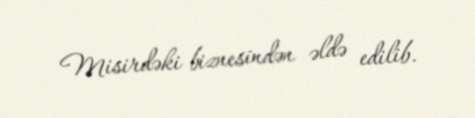
Misirdəki biznesindən əldə edilib.